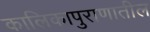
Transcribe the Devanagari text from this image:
कालिकापुराणातील